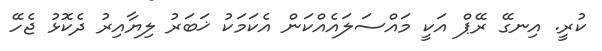
ކުރީ. އިނގޭ ރޭޕް އަކީ މައްސަލައެއްކަން އެކަމަކު ޚަބަރު ލިޔާއިރު ދެކޮޅު ޖެހޭ